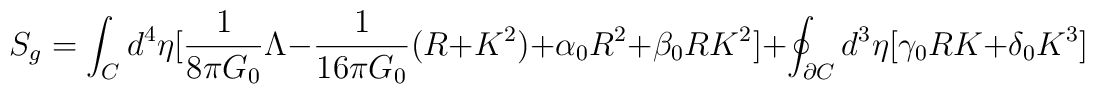
S_g = \int_Cd^4\eta\big{[}\frac{1}{8\pi G_0}\Lambda - \frac{1}{16\pi G_0}(R + K^2) + \alpha_0R^2 + \beta_0RK^2\big{]}+ \oint_{\partial C}d^3\eta\big{[}\gamma_0RK + \delta_0K^3\big{]}